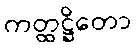
ကတ္ထဋ္ဌိတော